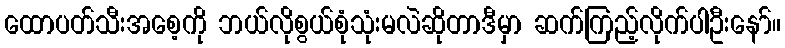
ထောပတ်သီးအစေ့ကို ဘယ်လိုစွယ်စုံသုံးမလဲဆိုတာဒီမှာ ဆက်ကြည့်လိုက်ပါဦးနော်။